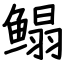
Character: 鳎